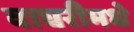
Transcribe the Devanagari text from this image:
वाघरीमधे